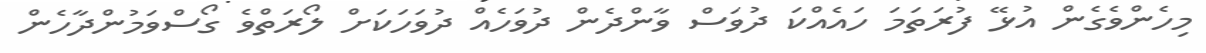
މިހެންވެގެން އުޅޭ ފުރަތަމަ ހައެއްކަ ދުވަސް ވާންދެން ދުވަހެއް ދުވަހަކަށް ލޯރަތްވެ ގޯސްވަމުންދާހެން